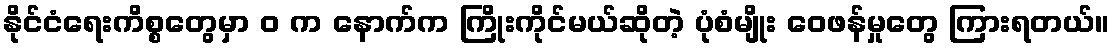
နိုင်ငံရေးကိစ္စတွေမှာ ဝ က နောက်က ကြိုးကိုင်မယ်ဆိုတဲ့ ပုံစံမျိုး ဝေဖန်မှုတွေ ကြားရတယ်။